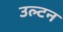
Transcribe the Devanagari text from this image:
उल्टन